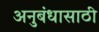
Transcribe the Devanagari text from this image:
अनुबंधासाठी